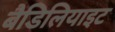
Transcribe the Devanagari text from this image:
बैडिलियाइट